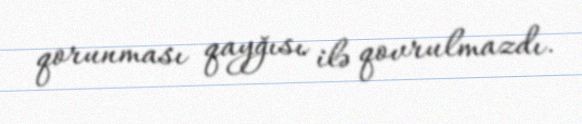
qorunması qayğısı ilə qovrulmazdı.